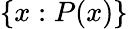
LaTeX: \{ x:P(x)\}